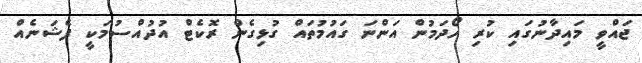
ޖައްވީ މައިދާނުގައި ކުރި ހޯދަމުން އަންނަ ގައުމުތައް ގުޅިގެން ރޮކެޓް އުދުއްސުމަކީ ފެޝަނެއް